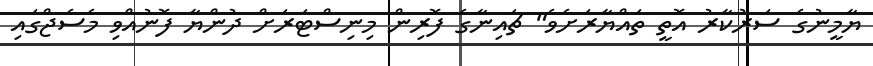
ޔާމީނުގެ ސަރުކާރު އޮތީ ތައްޔާރަށެވެ" ޗައިނާގެ ފޮރިން މިނިސްޓަރަށް ދުންޔާ ފޮނުއްވި މެސެޖްގައި